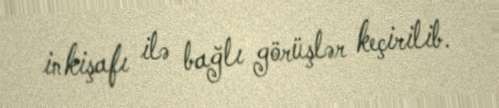
inkişafı ilə bağlı görüşlər keçirilib.